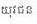
យុវជន